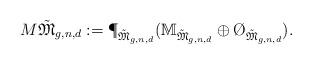
LaTeX: \begin{align*}M\tilde{\mathfrak{M}}_{g,n,d}:=\P_{\tilde{\mathfrak{M}}_{g,n,d}}(\mathbb{M}_{\tilde{\mathfrak{M}}_{g,n,d}}\oplus\O_{\tilde{\mathfrak{M}}_{g,n,d}}).\end{align*}